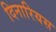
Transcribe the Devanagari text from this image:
दिनारियस